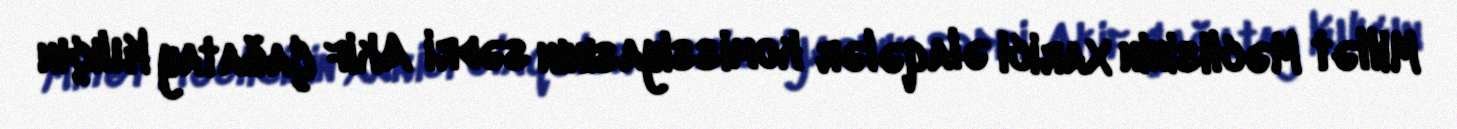
Millət Məclisinin Xarici əlaqələr komissiyasının sədri Akif Çağatay Kılıçın